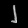
Digit: ၂